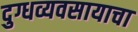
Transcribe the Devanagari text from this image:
दुग्धव्यवसायाचा